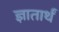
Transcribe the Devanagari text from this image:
ज्ञातार्थं